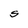
Character: S